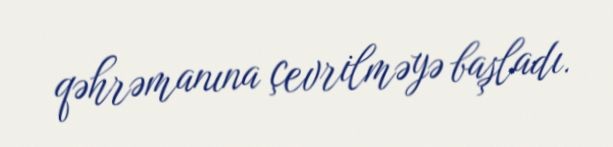
qəhrəmanına çevrilməyə başladı.